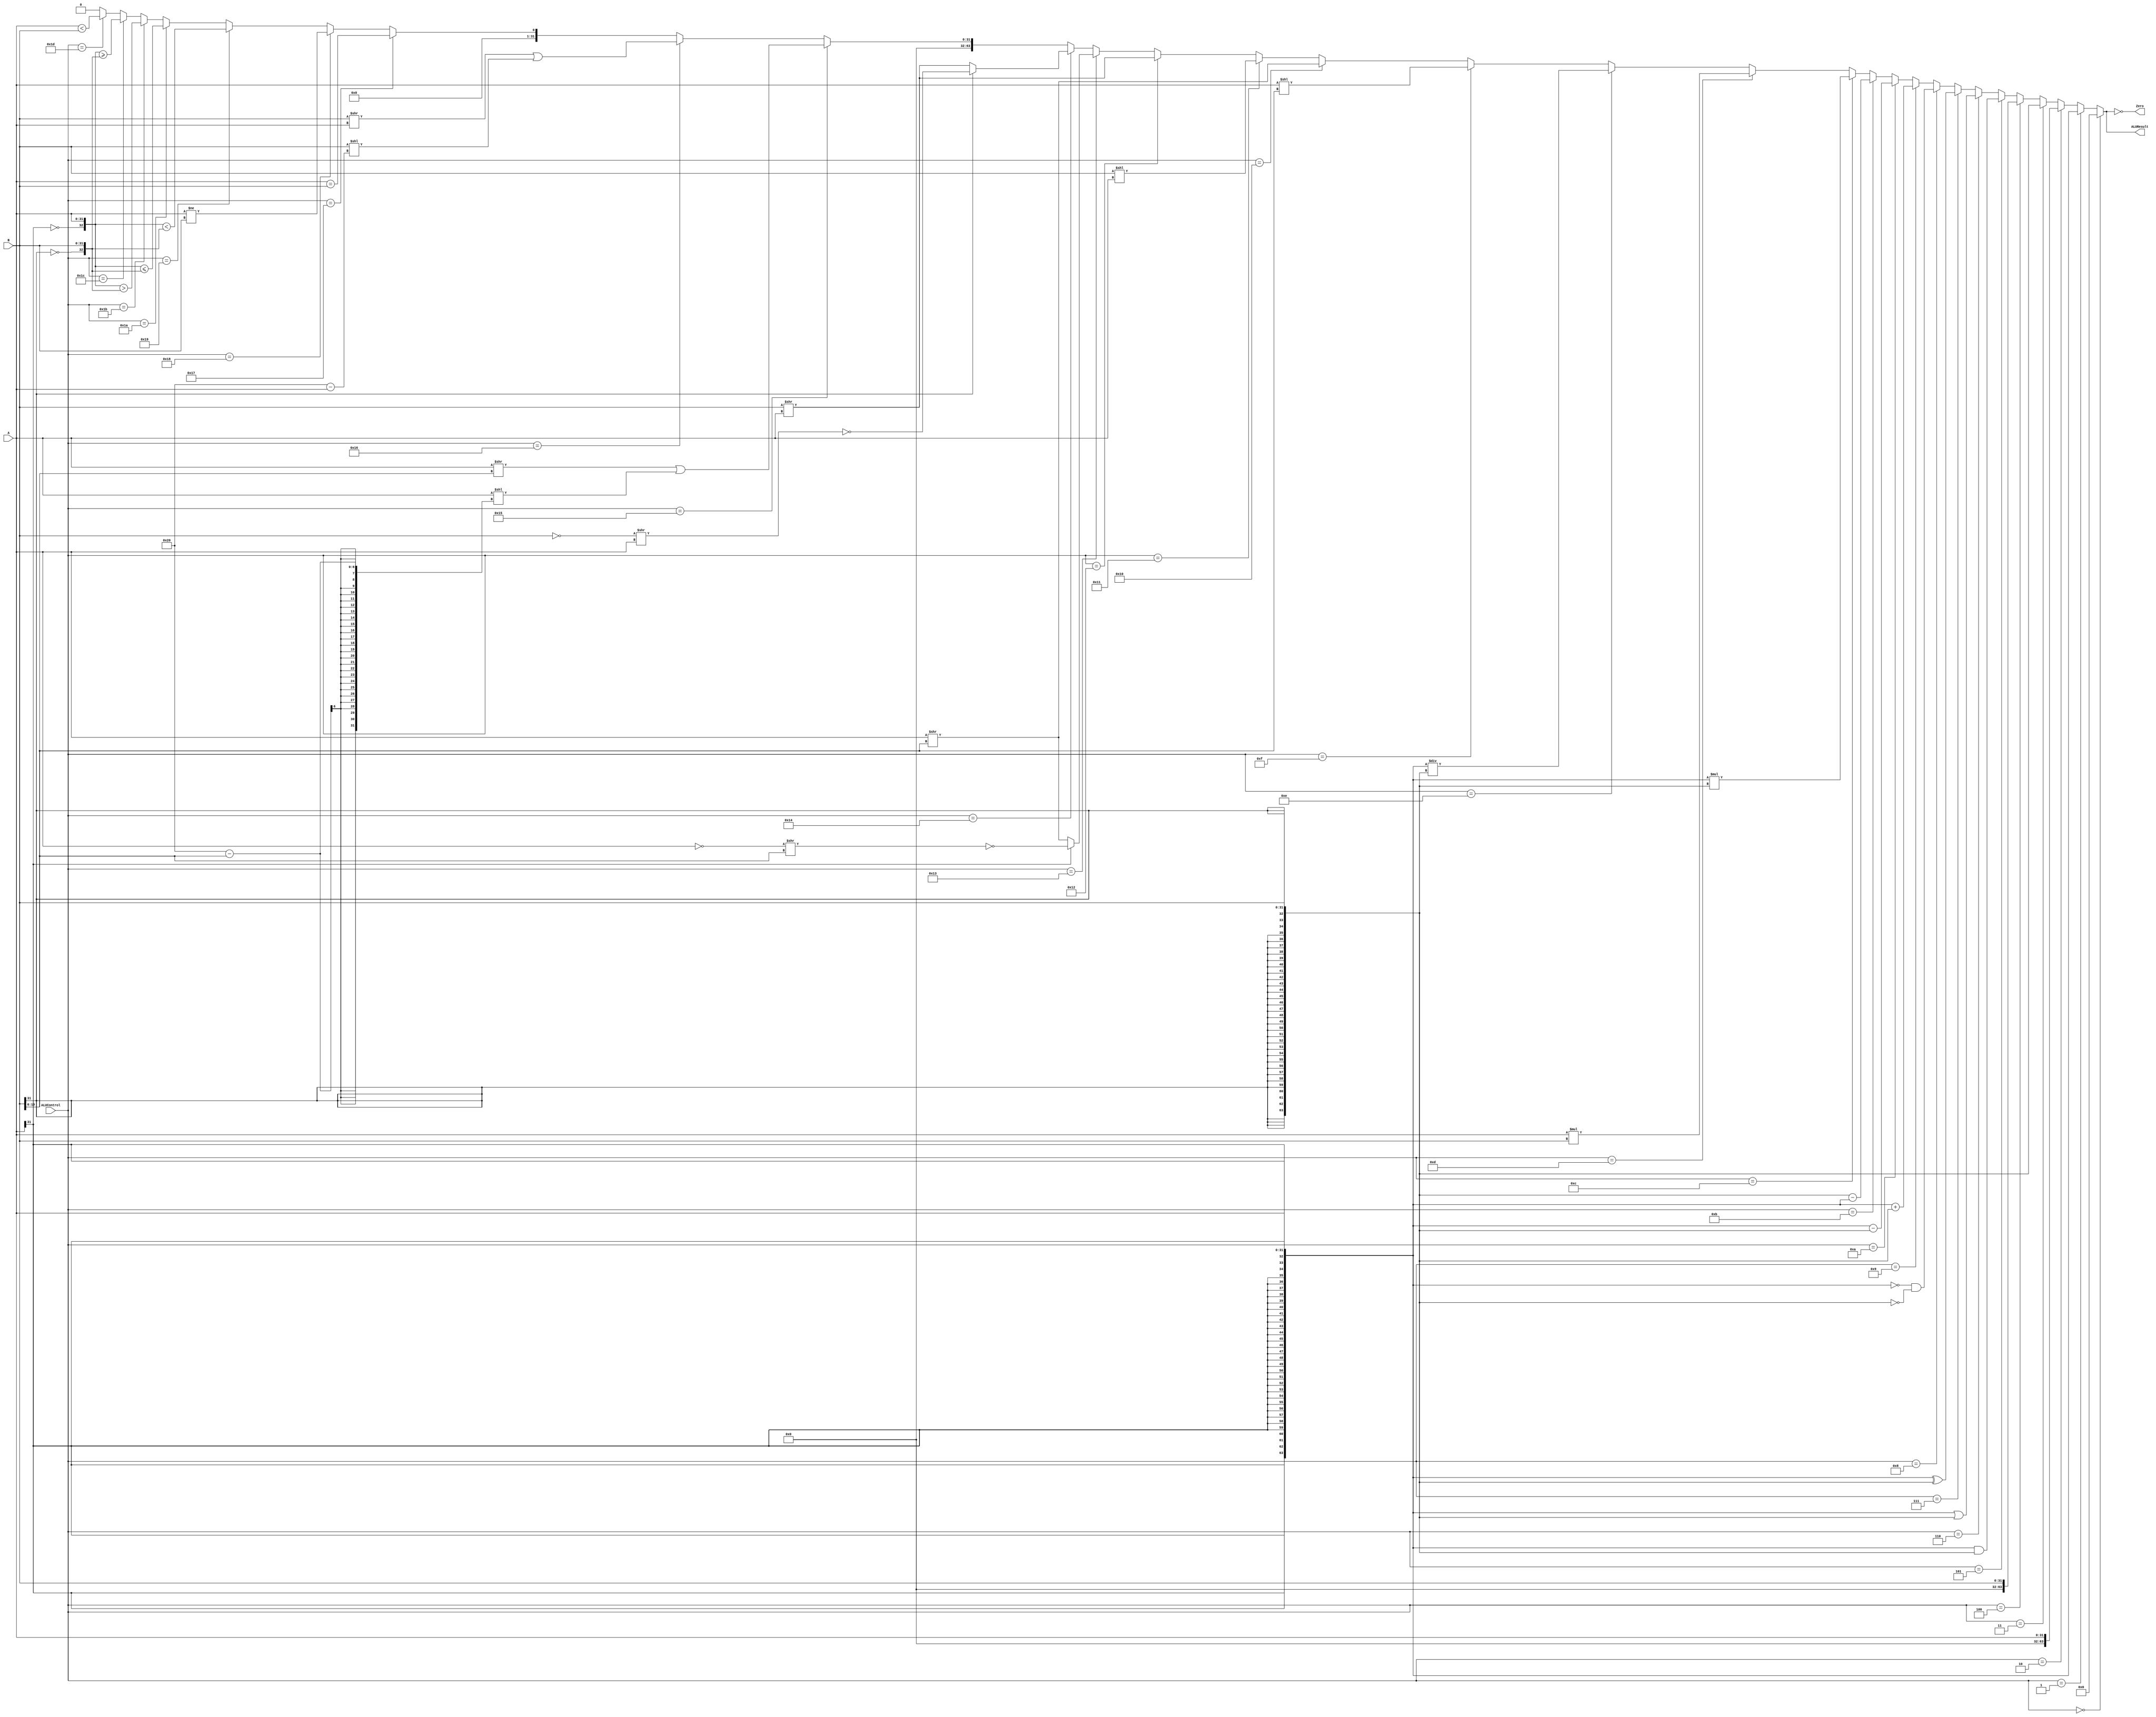
`timescale 1ns / 1ps
//////////////////////////////////////////////////////////////////////////////////
// Company: 
// Engineer: 
// 
// Design Name: 
// Module Name: ALU_C
// Project Name: 
// Target Devices: 
// Tool Versions: 
// Description: 
// 
// Dependencies: 
// 
// Revision:
// Revision 0.01 - File Created
// Additional Comments:
// 
//////////////////////////////////////////////////////////////////////////////////


module ALU_C(A, B, 
             ALUControl,
             ALUResult, Zero);

	input [4:0] ALUControl; // 5 bit ALU control signal
                                
	input [31:0] A, B;	    // inputs

	output reg [63:0] ALUResult;	// answer
	output Zero;	    // Zero=1 if ALUResult == 0

    always @(A or B or ALUControl) begin
        if (ALUControl == 5'd0) begin
            ALUResult = 64'b0;
        end
        else if (ALUControl == 5'd1) begin
            ALUResult = { {32{A[31]}}, A};
        end
        else if (ALUControl == 5'd2) begin
            ALUResult = { {32'b0}, A};
        end
        else if (ALUControl == 5'd3) begin
            ALUResult = { {32{B[31]}}, B};
        end
        else if (ALUControl == 5'd4) begin
            ALUResult = { {32'b0}, B};
        end
        else if (ALUControl == 5'd5) begin
            ALUResult = {{32{A[31]}}, A} & {{32{B[31]}}, B};
        end
        else if (ALUControl == 5'd6) begin
            ALUResult = { {32{A[31]}}, A} | { {32{B[31]}}, B};
        end
        else if (ALUControl == 5'd7) begin
            ALUResult = { {32{A[31]}}, A} ^ { {32{B[31]}}, B};
        end
        else if (ALUControl == 5'd8) begin
            ALUResult = {~{ {32{A[31]}}, A} & ~{ {32{B[31]}}, B}};
        end
        else if (ALUControl == 5'd9) begin
            ALUResult = { {32{A[31]}}, A} + { {32{B[31]}}, B};
        end
        else if (ALUControl == 5'd10) begin
            ALUResult = { {32{A[31]}}, A} - { {32{B[31]}}, B};
        end
        else if (ALUControl == 5'd11) begin
            ALUResult = { {32{B[31]}}, B} - { {32{A[31]}}, A};
        end
        else if (ALUControl == 5'd12) begin
            ALUResult = { {32{A[31]}}, A} * { {32{B[31]}}, B};
        end
        else if (ALUControl == 5'd13) begin
            ALUResult = {32'b0, A} * {32'b0, B};
        end
        else if (ALUControl == 5'd14) begin
            ALUResult = { {32{A[31]}}, A} / { {32{B[31]}}, B};
        end
        else if (ALUControl == 5'd15) begin
            ALUResult = A << B[10:6];
        end
        else if (ALUControl == 5'd16) begin
            ALUResult = A >> B[10:6];
        end
        else if (ALUControl == 5'd17) begin
            ALUResult = B << A;
        end
        else if (ALUControl == 5'd18) begin
            ALUResult = B >> A;
        end
        else if (ALUControl == 5'd19) begin
            if (A[31] == 0) begin
                ALUResult = A >> B[10:6];
            end
            else begin
                ALUResult = ~((~A) >> B[10:6]);
            end
        end
        else if (ALUControl == 5'd20) begin
            if (B[31] == 0) begin
                ALUResult = B >> A;
            end
            else begin
                ALUResult = ~((~B) >> A);
            end 
        end
        else if (ALUControl == 5'd21) begin
            ALUResult = { {A >> B[10:6]} | {A << {32'd32 - B[10:6]}} };
        end
        else if (ALUControl == 5'd22) begin
            ALUResult = { {B >> A} | {B << {32'd32 - A}} };
        end
        else if (ALUControl == 5'd23) begin
            ALUResult = (A == B);
        end
        else if (ALUControl == 5'd24) begin
            ALUResult = (A != B);
        end
        else if (ALUControl == 5'd25) begin
            ALUResult = ({{1{~A[31]}}, A} < {{1{~B[31]}}, B});
        end
        else if (ALUControl == 5'd26) begin
            ALUResult = ({{1{~A[31]}}, A} <= {{1{~B[31]}}, B});
        end
        else if (ALUControl == 5'd27) begin
            ALUResult = ({{1{~A[31]}}, A} > {{1{~B[31]}}, B});
        end
        else if (ALUControl == 5'd28) begin
            ALUResult = ({{1{~A[31]}}, A} >= {{1{~B[31]}}, B});
        end
        else if (ALUControl == 5'd29) begin
            ALUResult = ({1'b0, A} < {1'b0, B});
        end
        else begin
            ALUResult = 64'd0;
        end    
    end

    assign Zero = (ALUResult == 64'b0);

endmodule